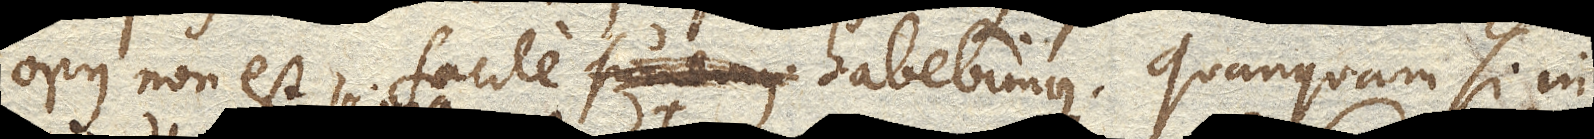
opus non est, facile sumemus habebimus . Quanquam si in